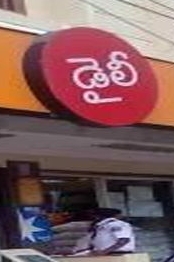
Language: telugu
Transcription: డైలీ